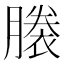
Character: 𧜜